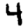
Digit: 4